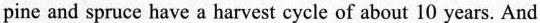
pine and spruce have a harvest cycle of about 10 years. And